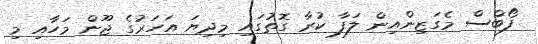
ފޯބްސް މެގަޒިންއިން ލަފާ ކުރާ ގޮތުގައި މިދިޔަ އަހަރުގެ ޖޫން މަހާއި މި